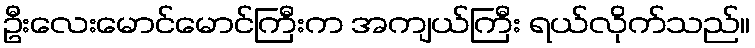
ဦးလေးမောင်မောင်ကြီးက အကျယ်ကြီး ရယ်လိုက်သည်။